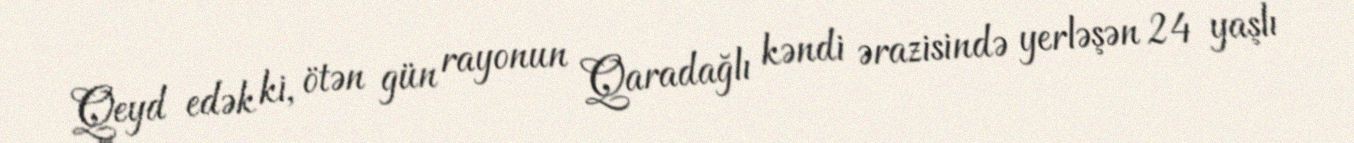
Qeyd edək ki, ötən gün rayonun Qaradağlı kəndi ərazisində yerləşən 24 yaşlı